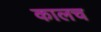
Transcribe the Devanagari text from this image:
कालच